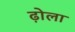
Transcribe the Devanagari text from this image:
ढ़ोला